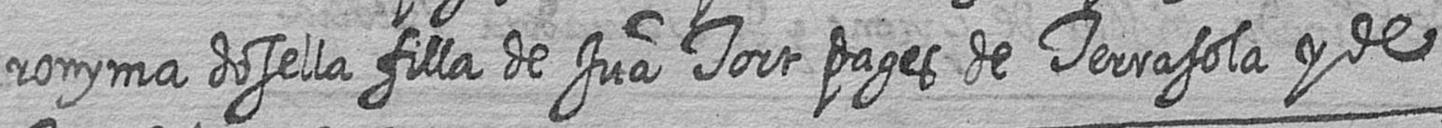
ronyma dosella filla de Jua Tort pages de Terrasola y de